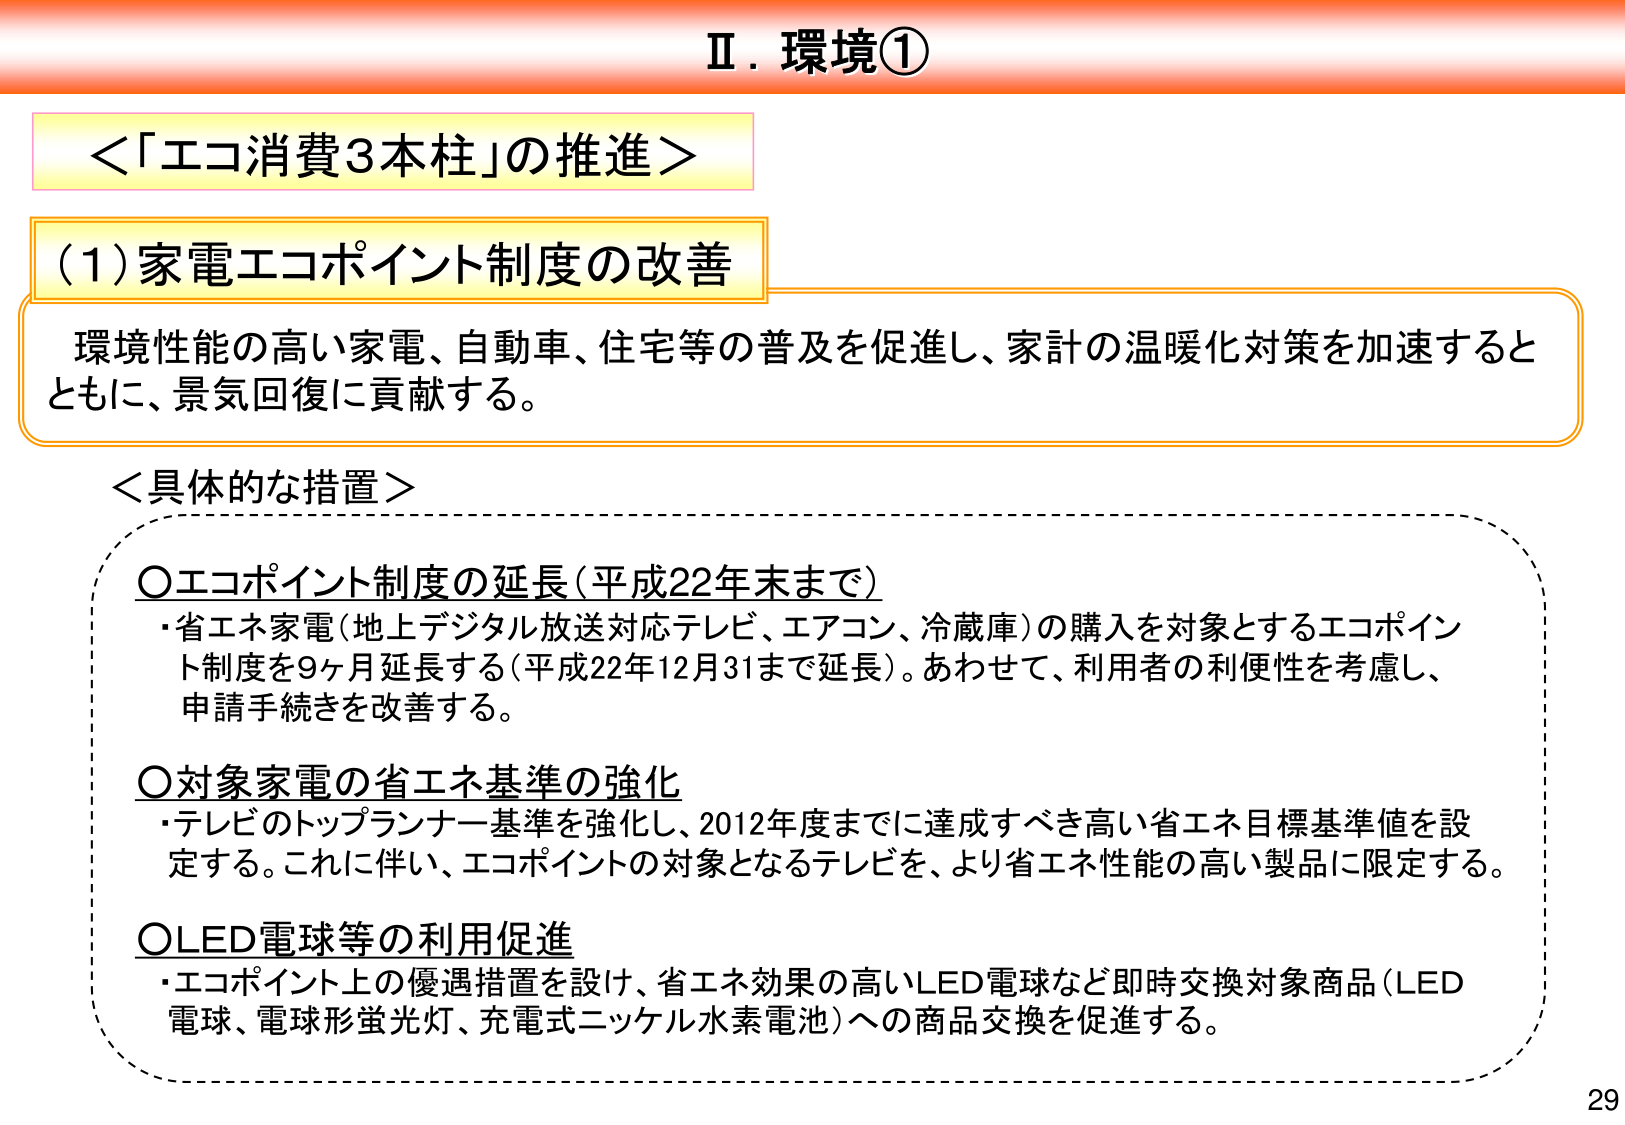
Ⅱ．環境①

＜「エコ消費3本柱」の推進＞

(1) 家電エコポイント制度の改善

環境性能の高い家電、自動車、住宅等の普及を促進し、家計の温暖化対策を加速するとともに、景気回復に貢献する。

＜具体的な措置＞

○エコポイント制度の延長（平成22年末まで）
・省エネ家電（地上デジタル放送対応テレビ、エアコン、冷蔵庫）の購入を対象とするエコポイント制度を9ヶ月延長する（平成22年12月31日まで延長）。あわせて、利用者の利便性を考慮し、申請手続きを改善する。

○対象家電の省エネ基準の強化
・テレビのトップランナー基準を強化し、2012年度までに達成すべき高い省エネ目標基準値を設定する。これに伴い、エコポイントの対象となるテレビを、より省エネ性能の高い製品に限定する。

○LED電球等の利用促進
・エコポイント上の優遇措置を設け、省エネ効果の高いLED電球など即時交換対象商品（LED電球、電球形蛍光灯、充電式ニッケル水素電池）への商品交換を促進する。

29